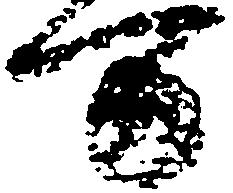
万